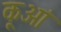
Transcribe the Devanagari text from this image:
कूआं